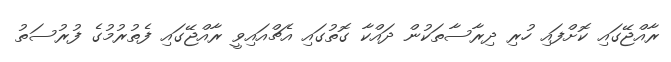
ރާއްޖޭގައި ކޮށްފައި ހުރި ދިރާސާތަކުން ދައްކާ ގޮތުގައި އެޗްއައިވީ ރާއްޖޭގައި ފެތުރުމުގެ ފުރުސަތު